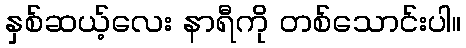
နှစ်ဆယ့်လေး နာရီကို တစ်သောင်းပါ။